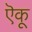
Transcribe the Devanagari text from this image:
ऎकू